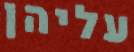
עליהן